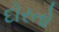
દોરતો